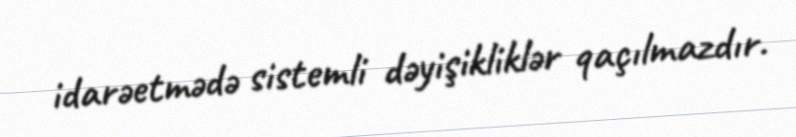
idarəetmədə sistemli dəyişikliklər qaçılmazdır.